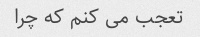
تعجب می کنم که چرا